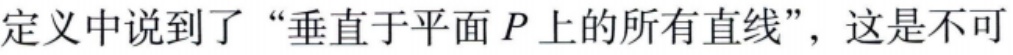
定义中说到了“垂直于平面 \(P\) 上的所有直线”，这是不可